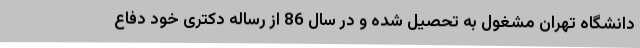
دانشگاه تهران مشغول به تحصیل شده و در سال 86 از رساله دکتری خود دفاع